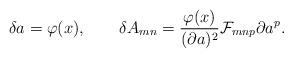
LaTeX: \begin{align*}\delta a=\varphi(x), \qquad\delta A_{mn}={{\varphi(x)}\over{(\partial a)^2}}{\cal F}_{mnp}\partial a^p.\end{align*}